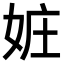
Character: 㛇